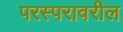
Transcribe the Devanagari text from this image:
परस्परावरील